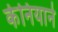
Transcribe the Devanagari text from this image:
केनियाने